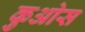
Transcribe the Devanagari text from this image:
कुओस